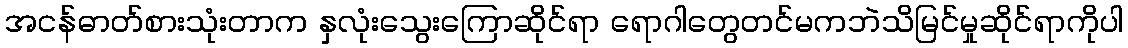
အငန်ဓာတ်စားသုံးတာက နှလုံးသွေးကြောဆိုင်ရာ ရောဂါတွေတင်မကဘဲသိမြင်မှုဆိုင်ရာကိုပါ